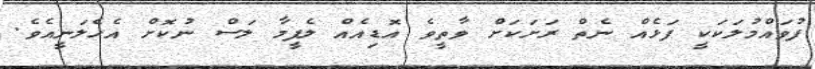
ފުވައްމުލަކަކީ ފަޅެއް ނެތް ރަށަކަށް ވާތީވެ އޮޑިއެއް ލެފީމާ ލަސް ނުކޮށް އެހެލަނީއެވެ.